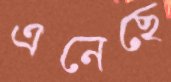
এনেছে